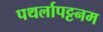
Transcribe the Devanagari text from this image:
पथर्लापट्टनम